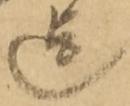
迄